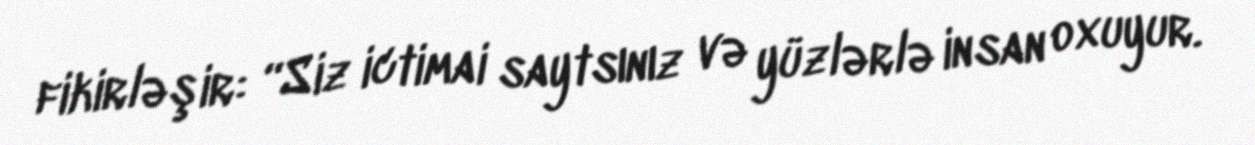
fikirləşir: “Siz ictimai saytsınız və yüzlərlə insan oxuyur.